画像に写った文字を読んでください
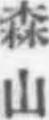
「森山」と書いてあります